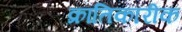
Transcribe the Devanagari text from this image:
क्रांतिकारीक